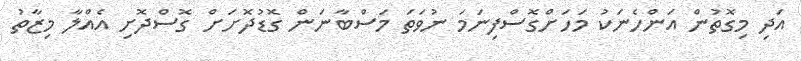
އަދި މިގޮތުން އަންހެނަކު މަހަށްގޮސްފިނަމަ ނުވަތަ މަސްބާނަން ގޮޑުދޮށަށް ގޮސްދޮށި އެއްލާ މިޒާތު